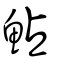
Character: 鮎